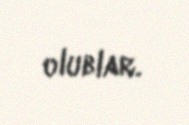
olublar.